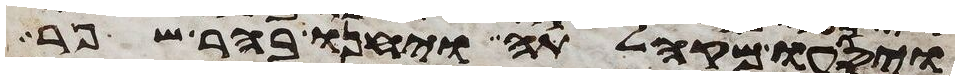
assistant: ויסעו מקהלתה ויחנו בהר שפר